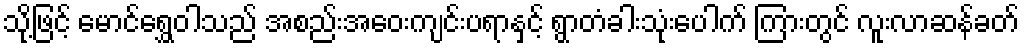
သို့ဖြင့် မောင်ရွှေဝါသည် အစည်းအဝေးကျင်းပရာနှင့် ရွာတံခါးသုံးပေါက် ကြားတွင် လူးလာဆန်ခတ်